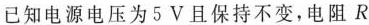
已知电源电压为5V且保持不变，电阻R